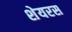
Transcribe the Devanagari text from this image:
शेयरस